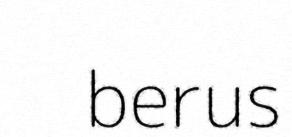
berus